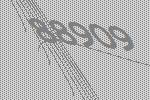
88909